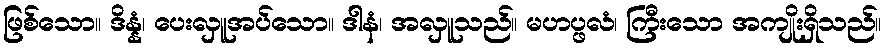
ဖြစ်သော။ ဒိန္နံ၊ ပေးလှူအပ်သော။ ဒါနံ၊ အလှူသည်။ မဟပ္ဖလံ၊ ကြီးသော အကျိုးရှိသည်။